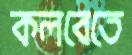
কলবেতে